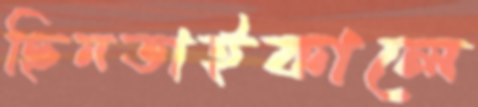
ছিনতাইকালে